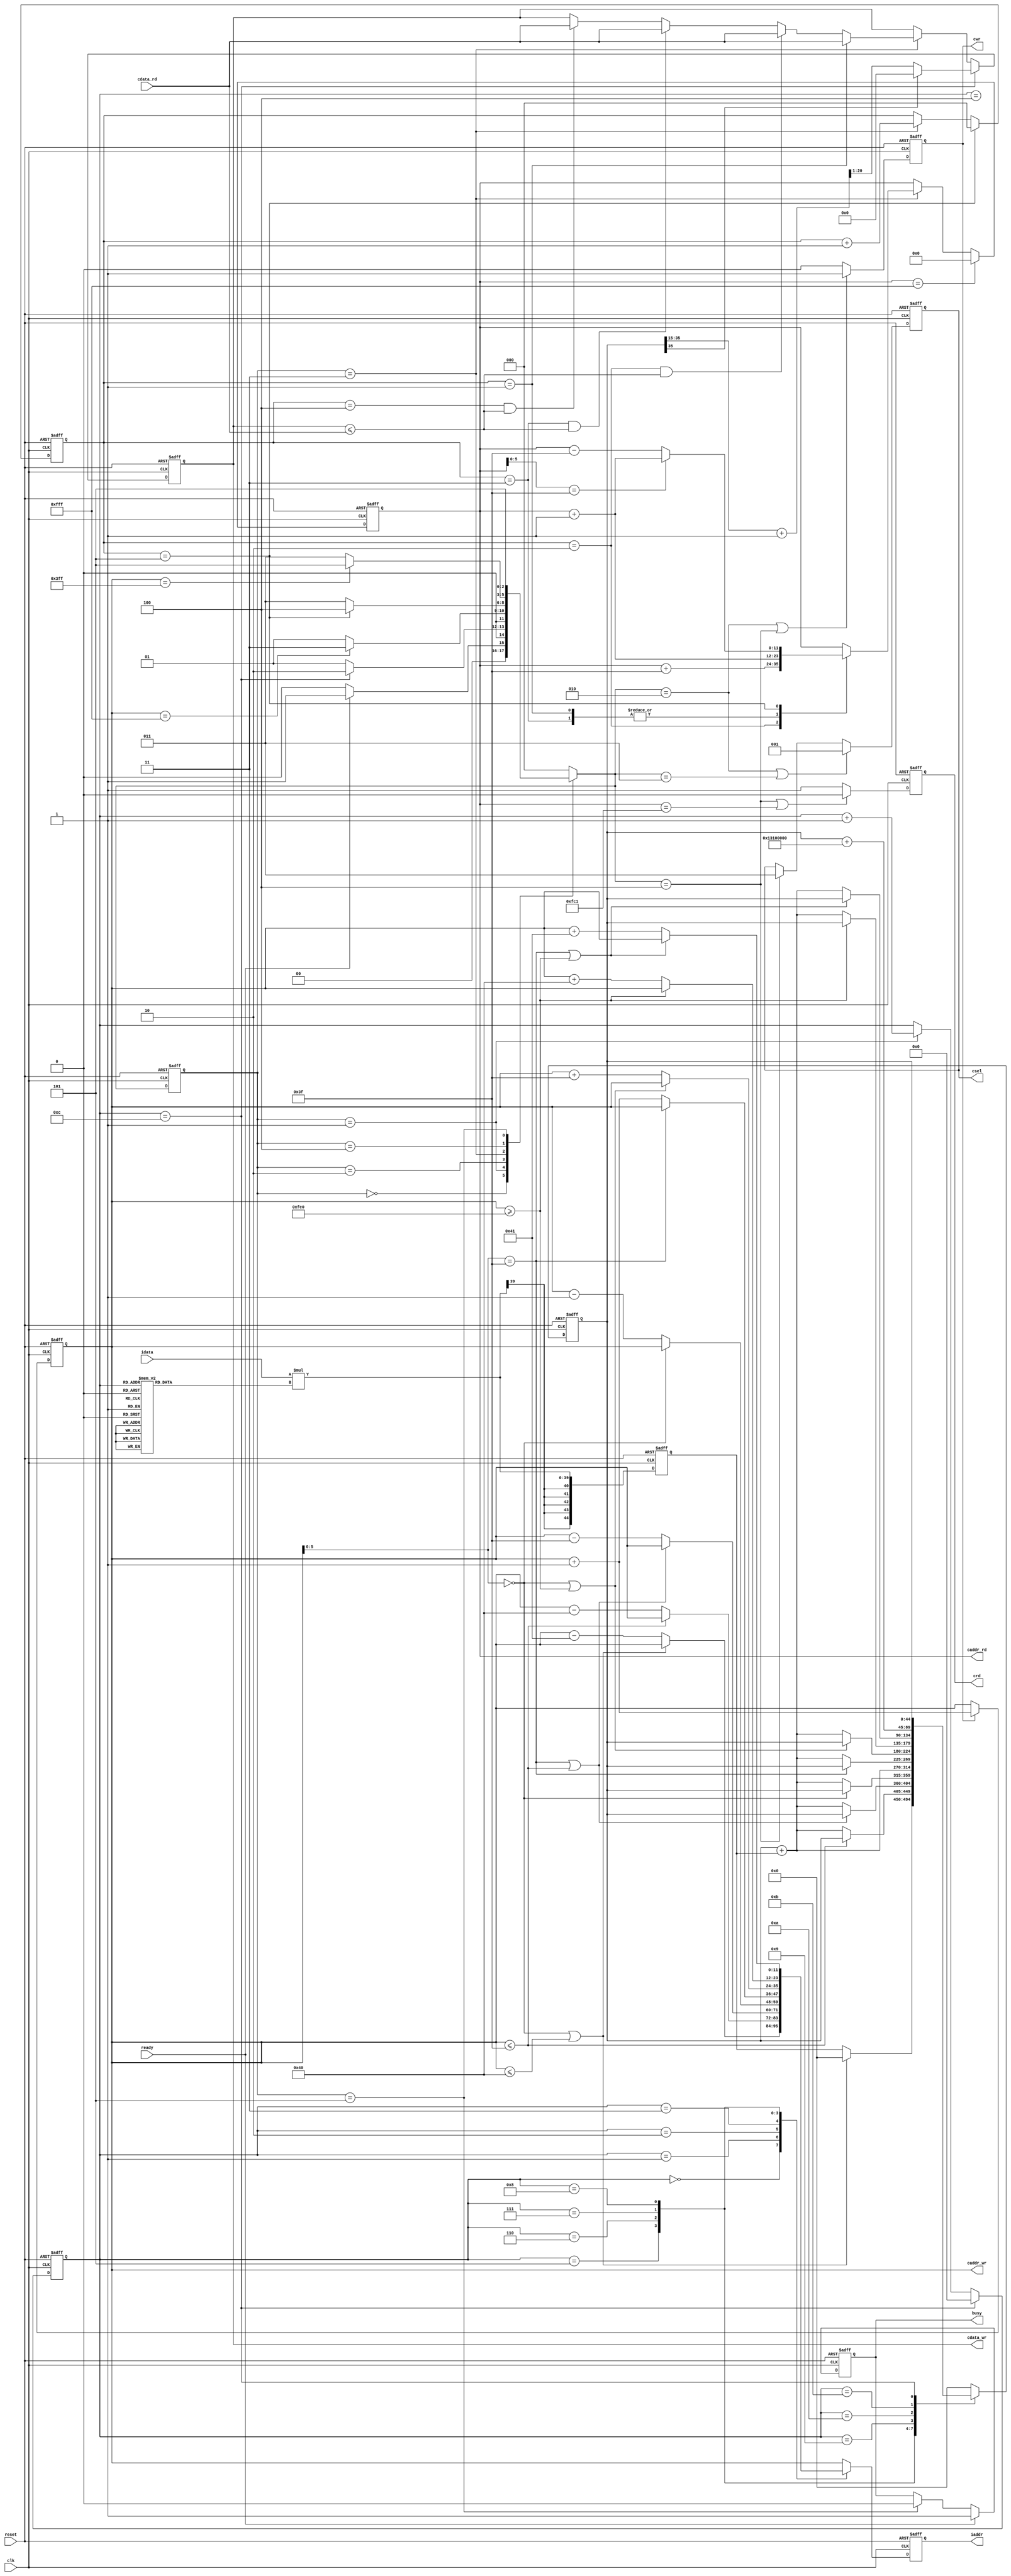
`timescale 1ns/10ps
module  CONV(clk,reset,cdata_rd,ready,idata,iaddr,cwr,caddr_wr,cdata_wr,crd,caddr_rd,busy,csel);

input clk;
input reset;
input [19:0] cdata_rd;
input ready;	
input signed [19:0] idata;	

output reg [11:0] iaddr;	
output reg cwr;
output reg [11:0] caddr_wr;
output reg  [19:0] cdata_wr;
output reg crd;
output reg [11:0] caddr_rd;
output reg busy;
output reg [2:0] csel;

reg [2:0] state;
reg [3:0] next_state;

reg [3:0] c_counter;
reg [11:0] iaddr_temp;
//reg signed [19:0] c_buffer [0:8]; 
reg signed [19:0] kvtemp;
wire signed [19:0] biastemp;

reg signed [44:0] convsum;//20+20+4=44,4 is about amount of pixel we accumulate
reg signed [44:0] convsum_buffer;
wire signed [20:0] round_convsum; //4 bits int + 16 bits float + 1 bit rounding float
assign round_convsum=$signed(convsum[35:15]+20'd1);

wire [5:0] caddr_wr_x;
assign caddr_wr_x=caddr_wr[5:0];

reg signed [44:0] mul;


reg [2:0] m_counter;
reg [11:0] caddr_rd_temp;

parameter IDLE = 0;
parameter READ_CONV = 1;
parameter RELU_L0_OUT = 2;
parameter L0_READ_MAXPOOL = 3;
parameter L1_OUT = 4;
parameter FINISH = 5;

parameter KV0 = 20'h0A89E;
parameter KV1 = 20'h092D5;
parameter KV2 = 20'h06D43;
parameter KV3 = 20'h01004;
parameter KV4 = 20'hF8F71;
parameter KV5 = 20'hF6E54;
parameter KV6 = 20'hFA6D7;
parameter KV7 = 20'hFC834;
parameter KV8 = 20'hFAC19;
parameter bias = 20'h01310;

assign biastemp=bias;

always @(*) begin
    case(c_counter)
        0:iaddr_temp=(caddr_wr_x==0 || caddr_wr<=64)?caddr_wr:caddr_wr-65;
        1:iaddr_temp=(caddr_wr<=63)?caddr_wr:caddr_wr-64;
        2:iaddr_temp=(caddr_wr_x==63 || caddr_wr<=63)?caddr_wr:caddr_wr-63;
        3:iaddr_temp=(caddr_wr_x==0)?caddr_wr:caddr_wr-1;
        4:iaddr_temp=caddr_wr;
        5:iaddr_temp=(caddr_wr_x==63)?caddr_wr:caddr_wr+1;
        6:iaddr_temp=(caddr_wr_x==0 || caddr_wr>=4032)?caddr_wr:caddr_wr+63;
        7:iaddr_temp=(caddr_wr>=4032)?caddr_wr:caddr_wr+64;
        8:iaddr_temp=(caddr_wr_x==63 || caddr_wr>=4032)?caddr_wr:caddr_wr+65;
        default:iaddr_temp=caddr_wr;
    endcase
end

always @(posedge clk or posedge reset) begin
    if(reset)
        iaddr<=0;
    else 
        iaddr<=iaddr_temp;
end

//always @(*) begin
//  biastemp=bias;
//end

always @(*) begin
    case(c_counter)
        1:kvtemp=KV0;
        2:kvtemp=KV1;
        3:kvtemp=KV2;
        4:kvtemp=KV3;
        5:kvtemp=KV4;
        6:kvtemp=KV5;
        7:kvtemp=KV6;
        8:kvtemp=KV7;
        9:kvtemp=KV8;
        default:kvtemp=20'd0;
    endcase
end

//assign mul=idata*kvtemp;
always @(posedge clk or posedge reset) begin
    if(reset)
        mul<=0;
    else 
        mul<=idata*kvtemp;
end

always @(*) begin
    case(c_counter)
        2:convsum_buffer=(caddr_wr_x==0 || caddr_wr<=64)?0:mul;
        3:convsum_buffer=(caddr_wr<=63)?convsum:convsum+mul;
        4:convsum_buffer=(caddr_wr_x==63 || caddr_wr<=63)?convsum:convsum+mul;
        5:convsum_buffer=(caddr_wr_x==0)?convsum:convsum+mul;
        6:convsum_buffer=convsum+mul;
        7:convsum_buffer=(caddr_wr_x==63)?convsum:convsum+mul;
        8:convsum_buffer=(caddr_wr_x==0 || caddr_wr>=4032)?convsum:convsum+mul;
        9:convsum_buffer=(caddr_wr>=4032)?convsum:convsum+mul;
        10:convsum_buffer=(caddr_wr_x==63 || caddr_wr>=4032)?convsum:convsum+mul;
        11:convsum_buffer=convsum+$signed({{8{biastemp[19]}},biastemp,16'h0});
        12:convsum_buffer=convsum;
        default:convsum_buffer=0;
    endcase
end

always @(posedge clk or posedge reset) begin
    if(reset)
        convsum<=0;
    /*else if(c_counter==0)
        convsum<=0;
    else if(c_counter>=2 && c_counter<=10)
        convsum<=convsum+mul;
    else if(c_counter==11)
        convsum<=convsum+$signed({{8{biastemp[19]}},biastemp,16'd0});*/
    else
        convsum<=convsum_buffer;
end

always @(posedge clk or posedge reset) begin
    if(reset)
        busy<=0;
    else if(ready)
        busy<=1;
    else if(state==FINISH)
        busy<=0;
    else
        busy<=busy;
end

always @(posedge clk or posedge reset) begin
    if(reset)
        csel<=3'b000;
    else if(next_state==RELU_L0_OUT || next_state==L0_READ_MAXPOOL)
        csel<=3'b001;
    else if(next_state==L1_OUT)
        csel<=3'b011;
    else 
        csel<=csel;
end

always @(posedge clk or posedge reset) begin
    if(reset)
        c_counter<=0;
    else if(c_counter==12)
        c_counter<=0;
    else if(state==READ_CONV)
        c_counter<=c_counter+1;
    else
        c_counter<=c_counter;
end

always @(posedge clk or posedge reset) begin
    if(reset)
        caddr_wr<=0;
    else if(cwr)
        caddr_wr<=caddr_wr+1;
    else
        caddr_wr<=caddr_wr;
end

always @(posedge clk or posedge reset) begin
    if(reset)
        cdata_wr<=0;
    else if(c_counter==12)
    begin
        if(convsum[35])
            cdata_wr<=0;
        else
            cdata_wr<=round_convsum[20:1];
    end
    else if(state==L0_READ_MAXPOOL)
    begin
        if(m_counter==1)
            cdata_wr<=cdata_rd;
        else if(m_counter==2 && cdata_wr<=cdata_rd)
            cdata_wr<=cdata_rd;
        else if(m_counter==3 && cdata_wr<=cdata_rd)
            cdata_wr<=cdata_rd;
        else if(m_counter==4 && cdata_wr<=cdata_rd)
            cdata_wr<=cdata_rd;
        else
            cdata_wr<=cdata_wr;
    end
    else
        cdata_wr<=cdata_wr;
end

always @(posedge clk or posedge reset) begin
    if(reset)
        cwr<=0;
    else if(next_state==RELU_L0_OUT || next_state==L1_OUT)
        cwr<=1;
    else
        cwr<=0;
end

always @(posedge clk or posedge reset) begin
    if(reset)
        crd<=0;
    else if(next_state==L1_OUT || caddr_rd==4033)
        crd<=0;
    else
        crd<=1;
end

always @(*) begin
    case(m_counter)
        1:caddr_rd_temp=caddr_rd+1;
        2:caddr_rd_temp=caddr_rd+63;
        3:caddr_rd_temp=caddr_rd+1;
        5:caddr_rd_temp=(caddr_rd[5:0]==63)?caddr_rd+1:caddr_rd-63;
        default:caddr_rd_temp=caddr_rd;
    endcase
end

always @(posedge clk or posedge reset) begin
    if(reset)
        caddr_rd<=0;
    else if(caddr_rd==4095)
        caddr_rd<=0;
    else if(state==L0_READ_MAXPOOL)
        caddr_rd<=caddr_rd_temp;
    else
        caddr_rd<=caddr_rd;
end

always @(posedge clk or posedge reset) begin
    if(reset)
        m_counter<=0;
    else if(m_counter==5)
        m_counter<=0;
    else if(state==L0_READ_MAXPOOL)
        m_counter<=m_counter+1;
    else
        m_counter<=m_counter;
end

always @(posedge clk or posedge reset) begin
    if(reset)
        state<=IDLE;
    else
        state<=next_state;
end

always @(*) begin
    case(state)
        IDLE:next_state=(ready)?READ_CONV:IDLE;
        READ_CONV:next_state=(c_counter==12)?RELU_L0_OUT:READ_CONV;
        RELU_L0_OUT:next_state=(caddr_wr==4095)?L0_READ_MAXPOOL:READ_CONV;
        L0_READ_MAXPOOL:next_state=(m_counter==5)?L1_OUT:L0_READ_MAXPOOL;
        L1_OUT:next_state=(caddr_wr==1023)?FINISH:L0_READ_MAXPOOL;
        FINISH:next_state=FINISH;
        default:next_state=IDLE;
    endcase
end

endmodule